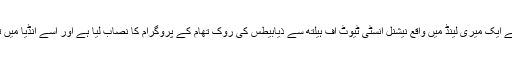
کمپنی نے دنیا کے سب سے اہم طبی تحقیقاتی مراکز میں سے ایک میری لینڈ میں واقع نیشنل انسٹی ٹیوٹ آف ہیلتھ سے ذیابیطس کی روک تھام کے پروگرام کا نصاب لیا ہے اور اسے انڈیا میں تعلیمی اور طبّی مراکز کے ساتھ تعاون کے ذریعہ اپنایا ہے۔